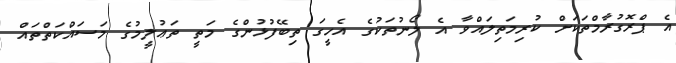
އެ ޕްރޮގުރާމްތަކަށް ކުރިމަތިލައްވާ އެ ލޯނުތަކުގެ އެހީގަ ތިބޭފުޅުންގެ މަތީ ތަޢުލީމުގެ މަސައްކަތްތައް